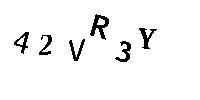
42VR3Y